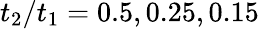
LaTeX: t_{2}/t_{1}=0.5,0.25,0.15